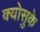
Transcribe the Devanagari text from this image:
क्योसुके